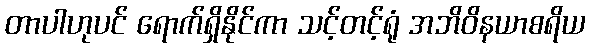
တာပါဟုပင် ရောက်ရှိနိုင်ကာ သင့်တင့်ရုံ အဘိဝိနယာစရိယ